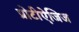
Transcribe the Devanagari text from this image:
प्रोटीऐजिज